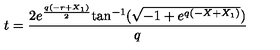
t = { \frac { 2 { e ^ { { \frac { q \left( - r + { X _ { 1 } } \right) } { 2 } } } } \mathrm { t a n } ^ { - 1 } ( { \sqrt { - 1 + { e ^ { q \left( - X + { X _ { 1 } } \right) } } } } ) { } } { q } }